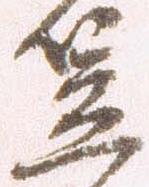
笠